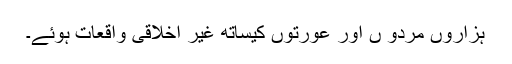
ہزاروں مردو ں اور عورتوں کیساتھ غیر اخلاقی واقعات ہوئے۔